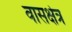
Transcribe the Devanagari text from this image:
वासक्षेत्र